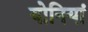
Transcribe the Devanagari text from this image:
योनियां